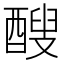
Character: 醙